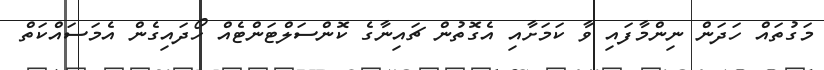
މަގުތައް ހަދަން ނިންމާފައި ވާ ކަމަށާއި އެގޮތުން ޗައިނާގެ ކޮންސަލްޓަންޓެއް ހޯދައިގެން އެމަސައްކަތް